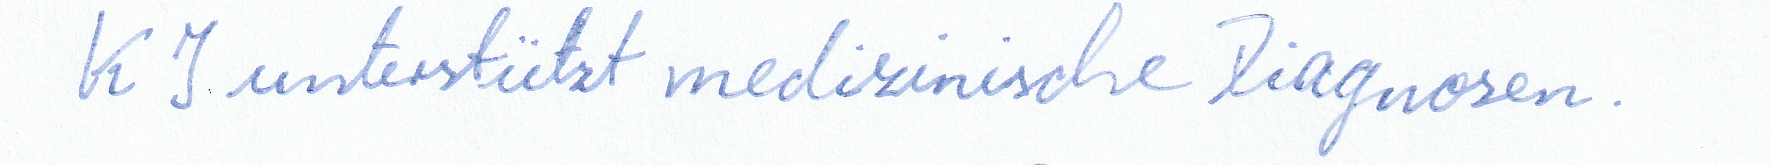
KI unterstützt medizinische Diagnosen.